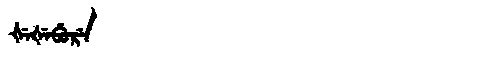
Manchu: ᡧᡝᡧᡝᠪᡠᡵᡝ
Romanization: ŠEŠEBURE